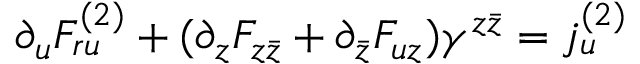
\partial _ { u } F _ { r u } ^ { ( 2 ) } + ( \partial _ { z } F _ { z \bar { z } } + \partial _ { \bar { z } } F _ { u z } ) \gamma ^ { z \bar { z } } = j _ { u } ^ { ( 2 ) }